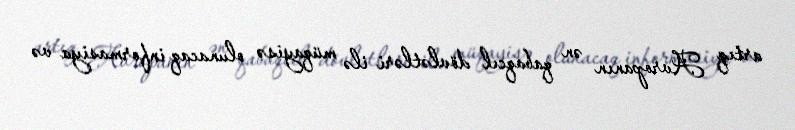
artıq Avropanın ən qabaqcıl dövlətləri ilə müqayisə olunacaq informasiya və